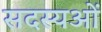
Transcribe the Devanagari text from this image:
सदस्यओं